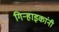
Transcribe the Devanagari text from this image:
गिर्‍हाइकांनी